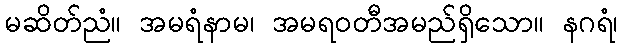
မဆိတ်ညံ။ အမရံနာမ၊ အမရဝတီအမည်ရှိသော။ နဂရံ၊